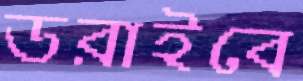
ডরাইবে